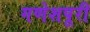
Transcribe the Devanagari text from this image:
गणेशपूरी